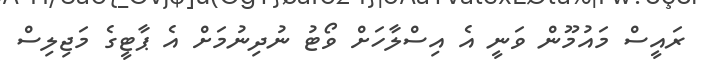
ރައީސް މައުމޫން ވަނީ އެ އިސްލާހަށް ވޯޓު ނުދިނުމަށް އެ ޕާޓީގެ މަޖިލިސް